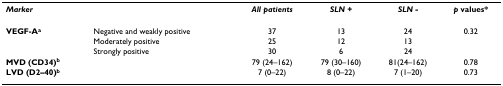
| Marker |  | All patients | SLN + | SLN - | p values* |
 | --- | --- | --- | --- | --- | --- |
 | VEGF-Aa | Negative and weakly positive | 37 | 13 | 24 | 0.32 |
 |  | Moderately positive | 25 | 12 | 13 |  |
 |  | Strongly positive | 30 | 6 | 24 |  |
 | MVD (CD34)b |  | 79 (24–162) | 79 (30–160) | 81(24–162) | 0.78 |
 | LVD (D2–40)b |  | 7 (0–22) | 8 (0–22) | 7 (1–20) | 0.73 |